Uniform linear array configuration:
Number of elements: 16
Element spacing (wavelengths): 0.75
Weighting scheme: hamming
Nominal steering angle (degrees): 0
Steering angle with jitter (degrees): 1.987
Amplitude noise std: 0.05
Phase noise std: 0.05

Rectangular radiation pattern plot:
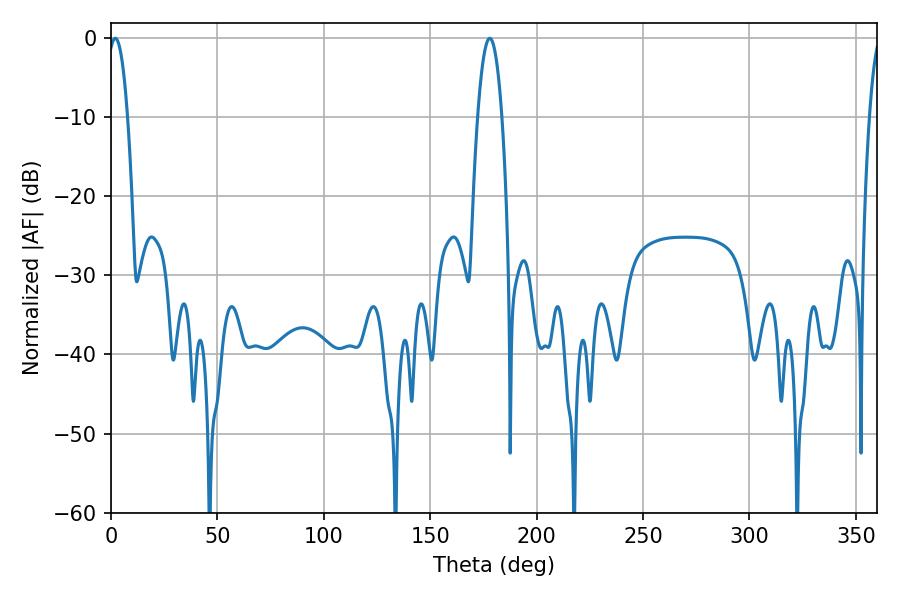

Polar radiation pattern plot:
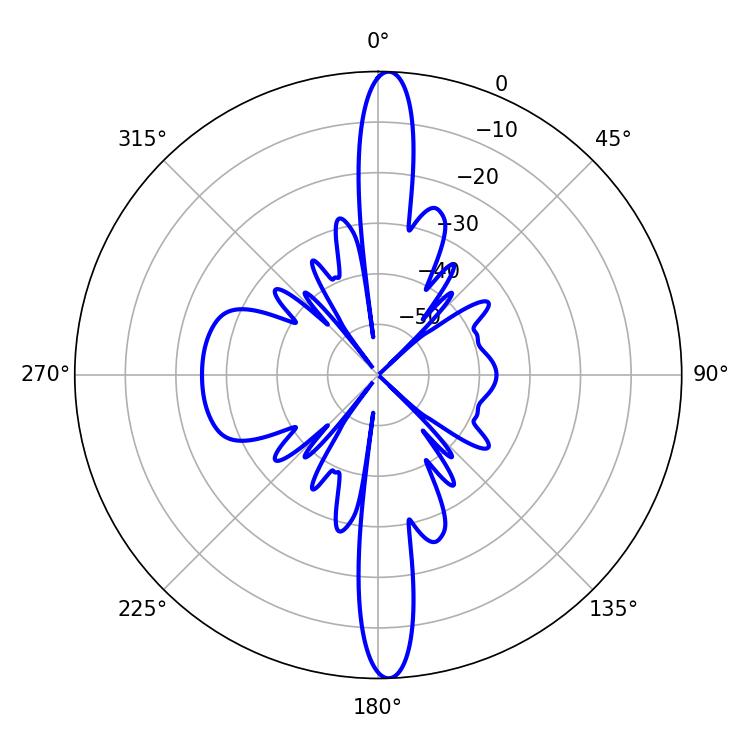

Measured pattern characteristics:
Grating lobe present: TRUE
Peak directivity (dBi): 24.848
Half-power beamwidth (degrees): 5.22
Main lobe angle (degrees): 1.98